Civil Veterinary Dept. North-West Frontier Province 1901-22 - 1901-1922
Year: 1901
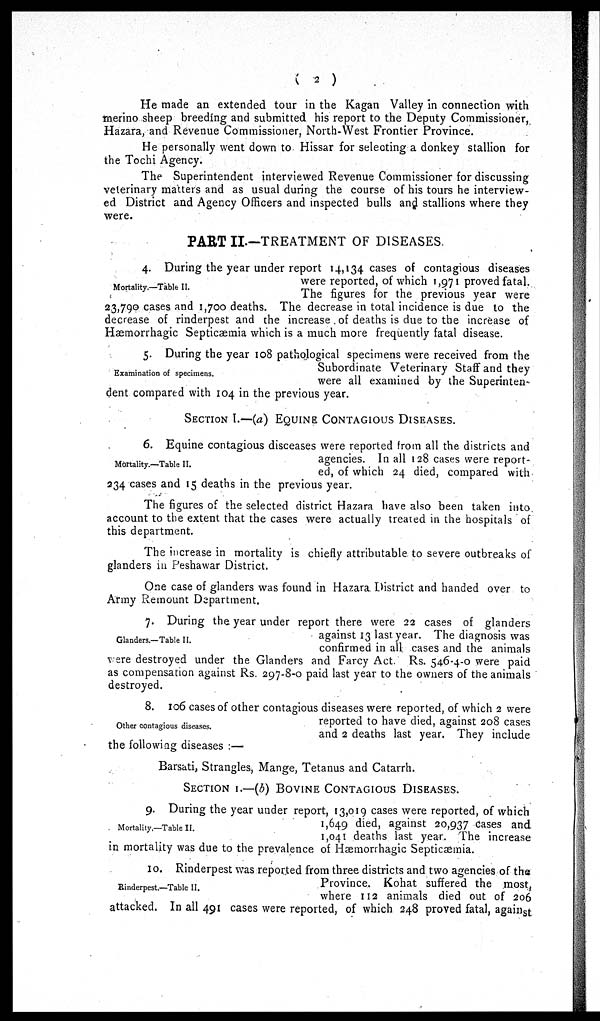
(2)
He made an extended tour in the Kagan Valley in connection with
merino sheep breeding and submitted his report to the Deputy Commissioner,
Hazara, and Revenue Commissioner, North-West Frontier Province.
He personally went down to Hissar for selecting a donkey stallion for
the Tochi Agency.
The Superintendent interviewed Revenue Commissioner for discussing
veterinary matters and as usual during the course of his tours he interview-
ed District and Agency Officers and inspected bulls and stallions where they
were.
PART II.—TREATMENT OF DISEASES
Mortality.—Table II.
4. During the year under report 14,134 cases of contagious diseases
were reported, of which 1,971 proved fatal.
The figures for the previous year were
2.3,790 cases and 1,700 deaths. The decrease in total incidence is due to the
decrease of rinderpest and the increase of deaths is due to the increase of
Hæmorrhagic Septicæmia which is a much more frequently fatal disease.
Examination of specimens.
5. During the year 108 pathological specimens were received from the
Subordinate Veterinary Staff and they
were all examined by the Superinten-
dent compared with 104 in the previous year.
SECTION I.—(a) EQUINE CONTAGIOUS DISEASES.
Mortality.—Table II.
6. Equine contagious disceases were reported from all the districts and
agencies. In all 128 cases were report-
ed, of which 24 died, compared with
234 cases and 15 deaths in the previous year.
The figures of the selected district Hazara have also been taken into
account to the extent that the cases were actually treated in the hospitals of
this department.
The increase in mortality is chiefly attributable to severe outbreaks of
glanders in Peshawar District.
One case of glanders was found in Hazara District and handed over to
Army Remount Department.
Glanders.—Table II.
7. During the year under report there were 22 cases of glanders
against 13 last year. The diagnosis was
confirmed in all cases and the animals
were destroyed under the Glanders and Farcy Act. Rs. 546-4-0 were paid
as compensation against Rs. 297-8-0 paid last year to the owners of the animals
destroyed.
Other contagious diseases.
8. 106 cases of other contagious diseases were reported, of which 2 were
reported to have died, against 208 cases
and 2 deaths last year. They include
the following diseases :—
Barsati, Strangles, Mange, Tetanus and Catarrh.
SECTION I.—(b) BOVINE CONTAGIOUS DISEASES.
Mortality.—Table II.
9. During the year under report, 13,019 cases were reported, of which
1,649 died, against 20,937 cases and
1,041 deaths last year. The increase
in mortality was due to the prevalence of Hæmorrhage Septicæmia.
Rinderpest.—Table II.
10. Rinderpest was reported from three districts and two agencies of the
Province, Kohat suffered the most,
where 112 animals died out of 206
attacked. In all 491 cases were reported, of which 248 proved fatal, against